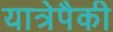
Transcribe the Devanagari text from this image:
यात्रेपैकी